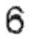
6